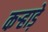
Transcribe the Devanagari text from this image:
कऱ्हाड़े